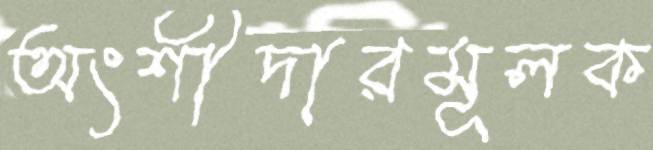
অংশীদারমূলক